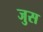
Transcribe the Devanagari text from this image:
जुस